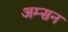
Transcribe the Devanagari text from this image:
अम्सन